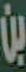
بن